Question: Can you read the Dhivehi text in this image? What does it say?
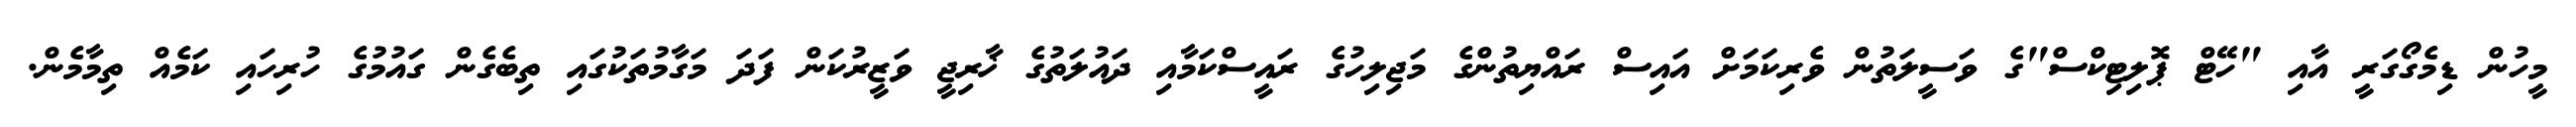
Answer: މީހުން ޑިމެގޯގަރީ އާއި "ހޭޓް ޕޮލިޓިކްސް"ގެ ވަސީލަތުން ވެރިކަމަށް އައިސް ރައްޔިތުންގެ މަޖިލިހުގެ ރައީސްކަމާއި ދައުލަތުގެ ޚާރިޖީ ވަޒީރުކަން ފަދަ މަގާމުތަކުގައި ތިބެގެން ގައުމުގެ ހުރިހައި ކަމެއް ތިމާމެން.